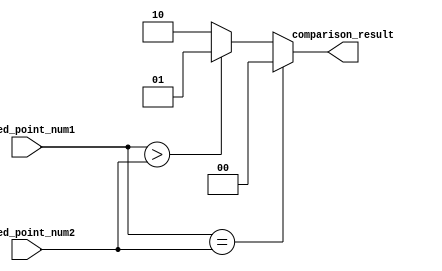
module fixed_point_comparator (
    input signed [15:0] fixed_point_num1,
    input signed [15:0] fixed_point_num2,
    output reg [1:0] comparison_result
);

always @(*) begin
    if (fixed_point_num1 == fixed_point_num2) begin
        comparison_result <= 2'b00; // equal
    end else if (fixed_point_num1 > fixed_point_num2) begin
        comparison_result <= 2'b01; // greater than
    end else begin
        comparison_result <= 2'b10; // less than
    end
end

endmodule